system: You are a helpful assistant.
user:
Analyze the provided spectrum to determine if it is a **Carbon Star (C-type)**.

- **Key Visual Indicators of Carbon Star:**
    - **(Primary):** Strong molecular absorption from **C₂ (diatomic carbon) "Swan Bands."** This is the **defining feature** of a carbon star.
        - **(Key Bandheads):** Sharp absorption edges are visible at approximately $5635$ Å, $5165$ Å (the strongest band), and $4737$ Å.
        - **(Line Profile):** Creates a distinct **"saw-tooth"** pattern. The key morphology is a sharp, steep bandhead on the **red (long-wavelength) side**, which then gradually tapers off (i.e., flux recovers) towards the **blue (short-wavelength) side**. *(This is the direct opposite of the TiO bands seen in M-type stars)*.

    - **(Secondary):** Intense **CN (cyanogen)** molecular absorption bands.
        - **(Key Bandheads):** Located in the blue and violet regions of the spectrum (e.g., near $4215$ Å and $3883$ Å).
        - **(Morphology):** These bands are extremely broad and act as a "blanket," absorbing the vast majority of blue and violet light. This creates a characteristic **"cliff"** or **"steep drop-off"** in the spectrum's flux at short wavelengths.

    - **(Key Confirmation):** Strong **CH absorption band (G-band)**.
        - **(Key Bandhead):** Located around $4300$ Å. The contribution from CH molecules to this band is exceptionally strong.

    - **(Overall Spectrum):**
        - The continuum is severely "chopped up" by these deep molecular bands, especially C₂, rather than appearing as a smooth curve.
        - Due to the heavy CN and C₂ absorption in the blue-green, the vast majority of the star's flux is concentrated in the red part of the spectrum, giving the star its characteristic deep red color.

Think first, call **spectral_visualization_tool** if needed to examine features in detail, then provide your final answer. Your response must adhere to the following strict rules:
1.  **Overall Structure:** Your response must follow the format `<think>...</think> <tool_call>...</tool_call> (if a tool is used) <answer>...</answer>`.
2.  **Tool Usage Constraint:** You may only make **one** tool call per turn.
3.  **Final Answer Format:** In the `<answer>` tag, your conclusion must be inside a `\boxed{}` command (e.g., `\boxed{YES}`), followed by your justification.

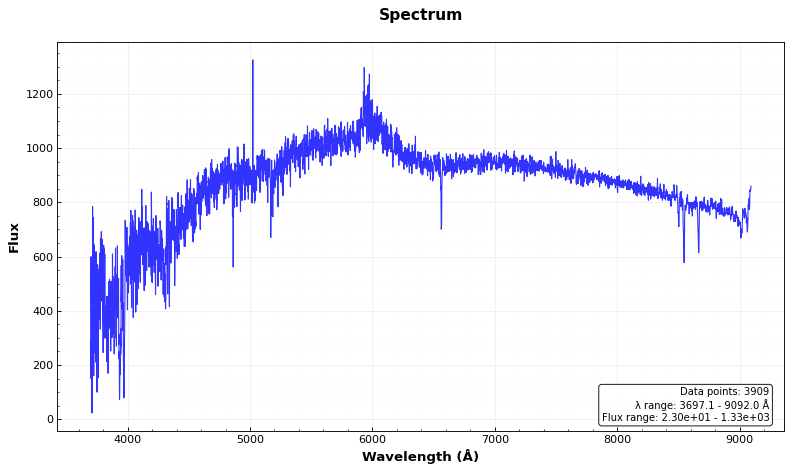
Answer: NO